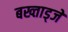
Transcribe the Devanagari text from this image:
बख्ताड्जे